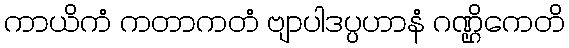
ကာယိကံ ကတာကတံ ဗျာပါဒပ္ပဟာနံ ဂဏ္ဌိကေတိ